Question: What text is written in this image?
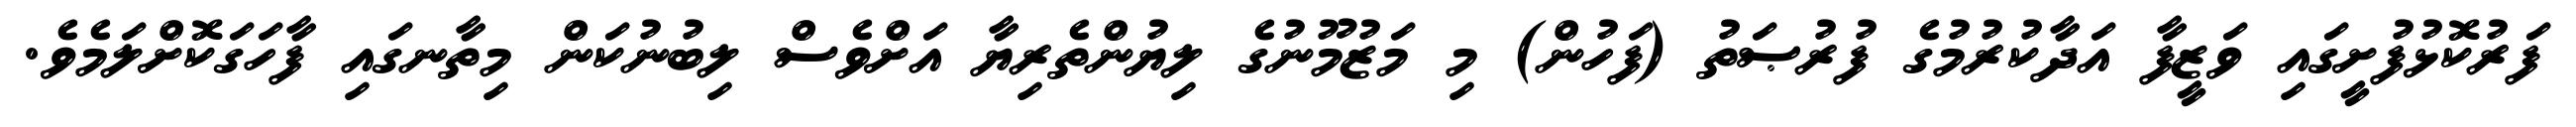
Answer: ފަރުކޮޅުފުށީގައި ވަޒީފާ އަދާކުރުމުގެ ފުރުޞަތު (ފަހުން) މި މަޒުމޫނުގެ ލިޔުންތެރިޔާ އަށްވެސް ލިބުނުކަން މިތާނގައި ފާހަގަކޮށްލަމެވެ.